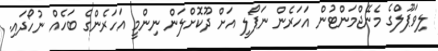
ލިވަޕޫލްގެ މެނޭޖްމަންޓުން އަހަރެން ނަޕޯލީ އަށް ދޫކޮށްލަން ނިންމީ އަހަރެންގެ ބަހެއް ނުހޯދައި.